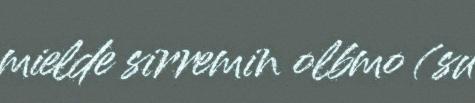
mielde sirremin olbmo (su